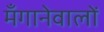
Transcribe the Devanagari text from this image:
मँगानेवालों